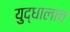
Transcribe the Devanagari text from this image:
युद्धालाच